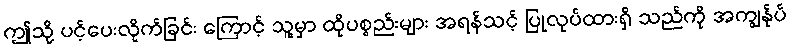
ဤသို့ ပင့်ပေးလိုက်ခြင်း ကြောင့် သူ့မှာ ထိုပစ္စည်းများ အရန်သင့် ပြုလုပ်ထားရှိ သည်ကို အကျွန်ုပ်